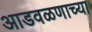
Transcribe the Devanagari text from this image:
आडवळणाच्या